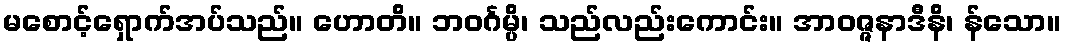
မစောင့်ရှောက်အပ်သည်။ ဟောတိ။ ဘဝင်္ဂမ္ပိ၊ သည်လည်းကောင်း။ အာဝဇ္ဇနာဒီနိ၊ န်သော။